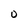
Character: O